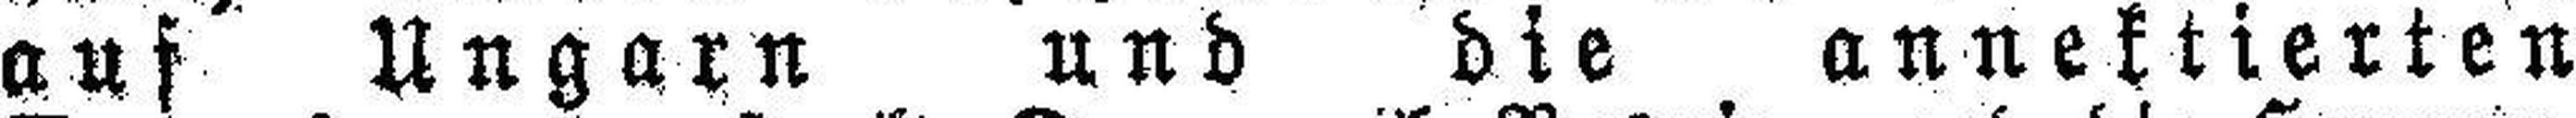
auf Ungarn und die annektierten